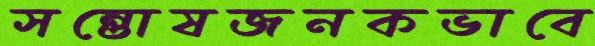
সন্তোষজনকভাবে